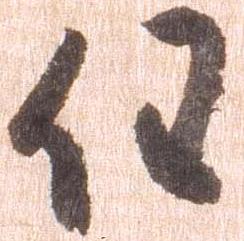
任